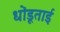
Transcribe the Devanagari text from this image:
धोंडूताई